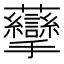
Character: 䖂